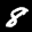
Label: 8